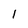
Character: 1